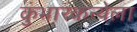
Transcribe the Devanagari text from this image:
कुंभारकन्येला